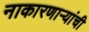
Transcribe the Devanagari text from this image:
नाकारणाऱ्यांची